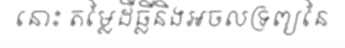
នោះ តម្លៃដីធ្លីនិងអចលទ្រព្យនៃ